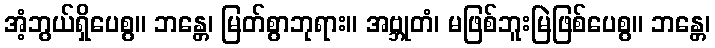
အံ့ဘွယ်ရှိပေစွ။ ဘန္တေ၊ မြတ်စွာဘုရား။ အဗ္ဘုတံ၊ မဖြစ်ဘူးမြဲဖြစ်ပေစွ။ ဘန္တေ၊